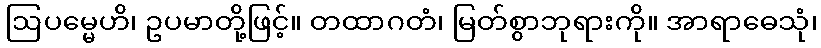
ဩပမ္မေဟိ၊ ဥပမာတို့ဖြင့်။ တထာဂတံ၊ မြတ်စွာဘုရားကို။ အာရာဓေသုံ၊